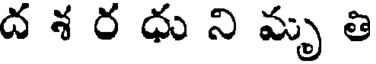
ద శ ర ధు ని మృ తి